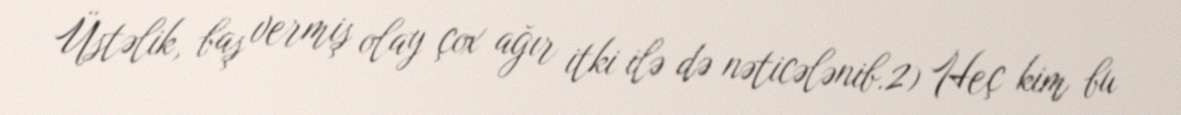
Üstəlik, baş vermiş olay çox ağır itki ilə də nəticələnib.2) Heç kim bu